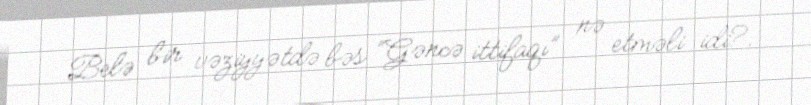
Belə bir vəziyyətdə bəs “Gəncə ittifaqı” nə etməli idi?.